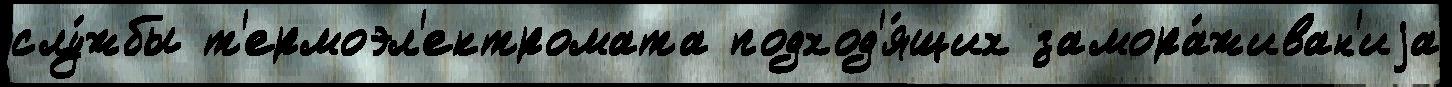
слу́жбы т'ермоэл'ектромата подход'я́щих замора́живан'иjа